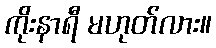
ကိုးနာရီ မဟုတ်လား။